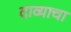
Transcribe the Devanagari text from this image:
दाव्याचा